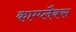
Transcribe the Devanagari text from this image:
काम्प्लैक्स